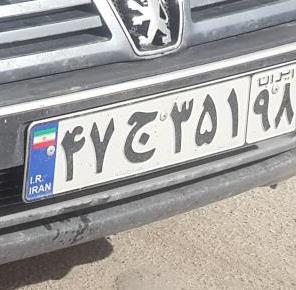
۴۷ج۳۵۱۹۸